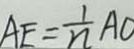
A E = \frac { 1 } { n } A O